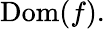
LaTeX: \operatorname{Dom}(f).